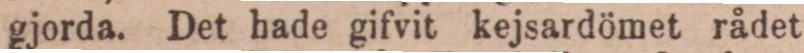
gjorda. Det hade gifvit kejsardömet rådet